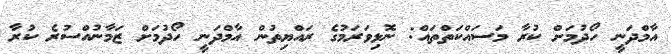
އާމްދަނީ ހޯދުމަށް ކުރާ މަސައްކަތްތައް: ނޮޅިވަރަމުގެ ރައްޔިތުން އާމްދަނީ ހޯދުމަށް ޒަމާނުއްސުރެ ކުރާ